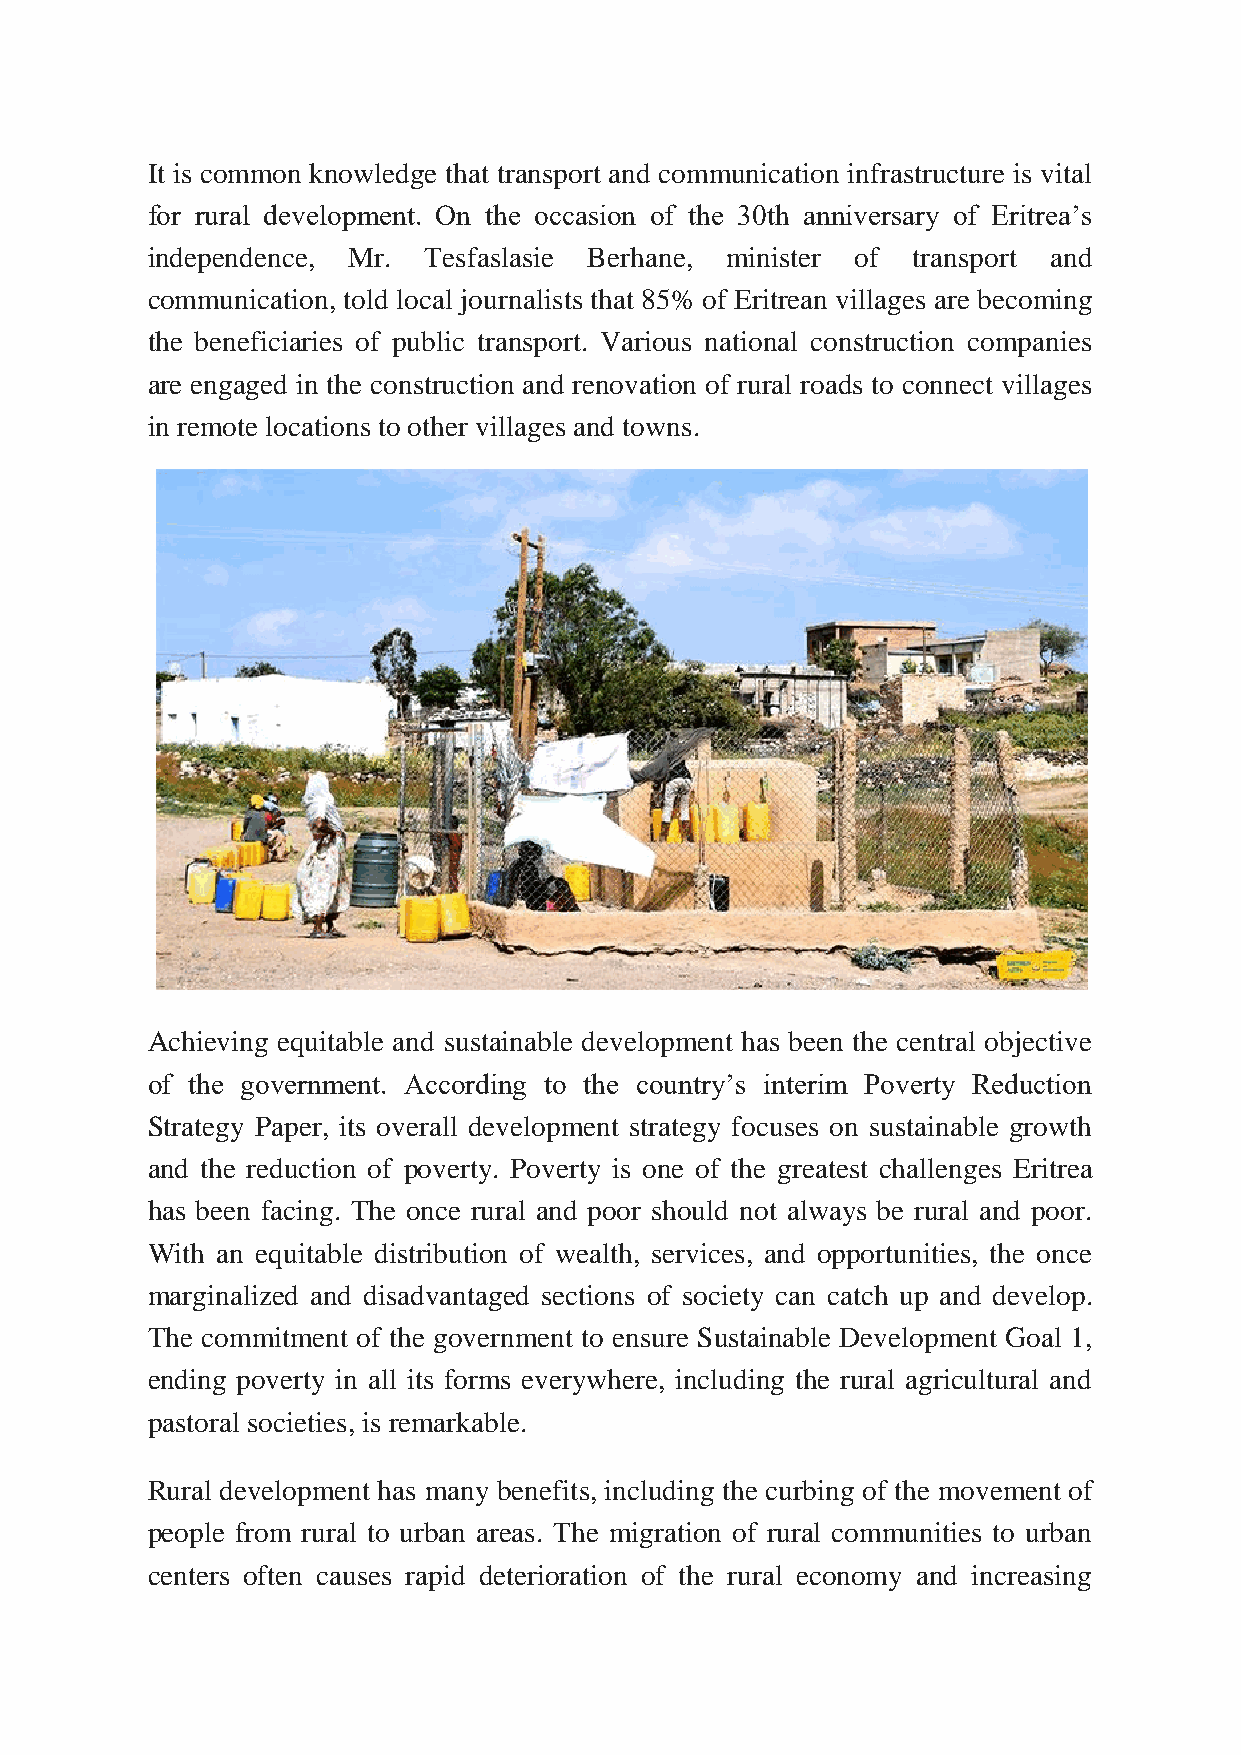
It is common knowledge that transport and communication infrastructure is vital
 for rural development. On the occasion of the 30th anniversary of Eritrea’s
 independence, Mr. Tesfaslasie Berhane, minister of transport and
 communication, told local journalists that 85% of Eritrean villages are becoming
 the beneficiaries of public transport. Various national construction companies
 are engaged in the construction and renovation of rural roads to connect villages
 in remote locations to other villages and towns.
 Achieving equitable and sustainable development has been the central objective
 of the government. According to the country’s interim Poverty Reduction
 Strategy Paper, its overall development strategy focuses on sustainable growth
 and the reduction of poverty. Poverty is one of the greatest challenges Eritrea
 has been facing. The once rural and poor should not always be rural and poor.
 With an equitable distribution of wealth, services, and opportunities, the once
 marginalized and disadvantaged sections of society can catch up and develop.
 The commitment of the government to ensure Sustainable Development Goal 1,
 ending poverty in all its forms everywhere, including the rural agricultural and
 pastoral societies, is remarkable.
 Rural development has many benefits, including the curbing of the movement of
 people from rural to urban areas. The migration of rural communities to urban
 centers often causes rapid deterioration of the rural economy and increasing